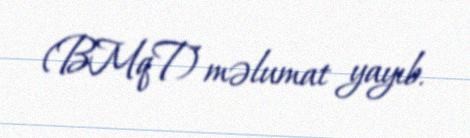
(BMqT) məlumat yayıb.